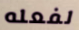
لفعله